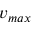
v _ { m a x }